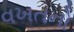
વખતનો